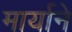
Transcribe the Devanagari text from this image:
मार्याने